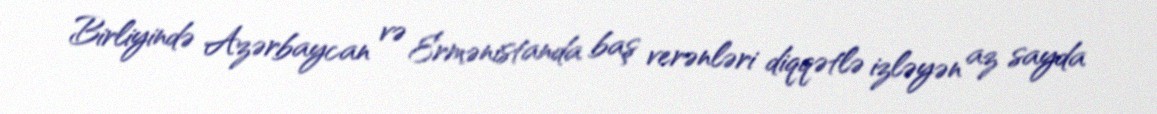
Birliyində Azərbaycan və Ermənistanda baş verənləri diqqətlə izləyən az sayda